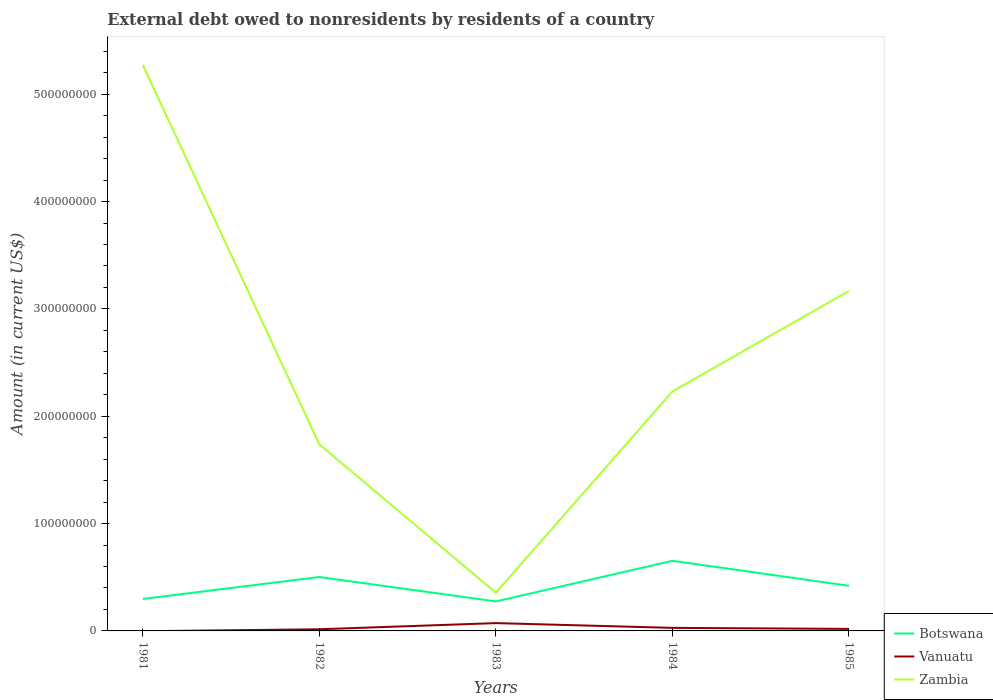
| Years | Botswana | Vanuatu | Zambia |
 | --- | --- | --- | --- |
 | 1981 | 2.98e+07 | -2.9e+05 | 5.27e+08 |
 | 1982 | 5.02e+07 | 1.55e+06 | 1.74e+08 |
 | 1983 | 2.75e+07 | 7.28e+06 | 3.56e+07 |
 | 1984 | 6.53e+07 | 2.85e+06 | 2.23e+08 |
 | 1985 | 4.21e+07 | 1.89e+06 | 3.17e+08 |